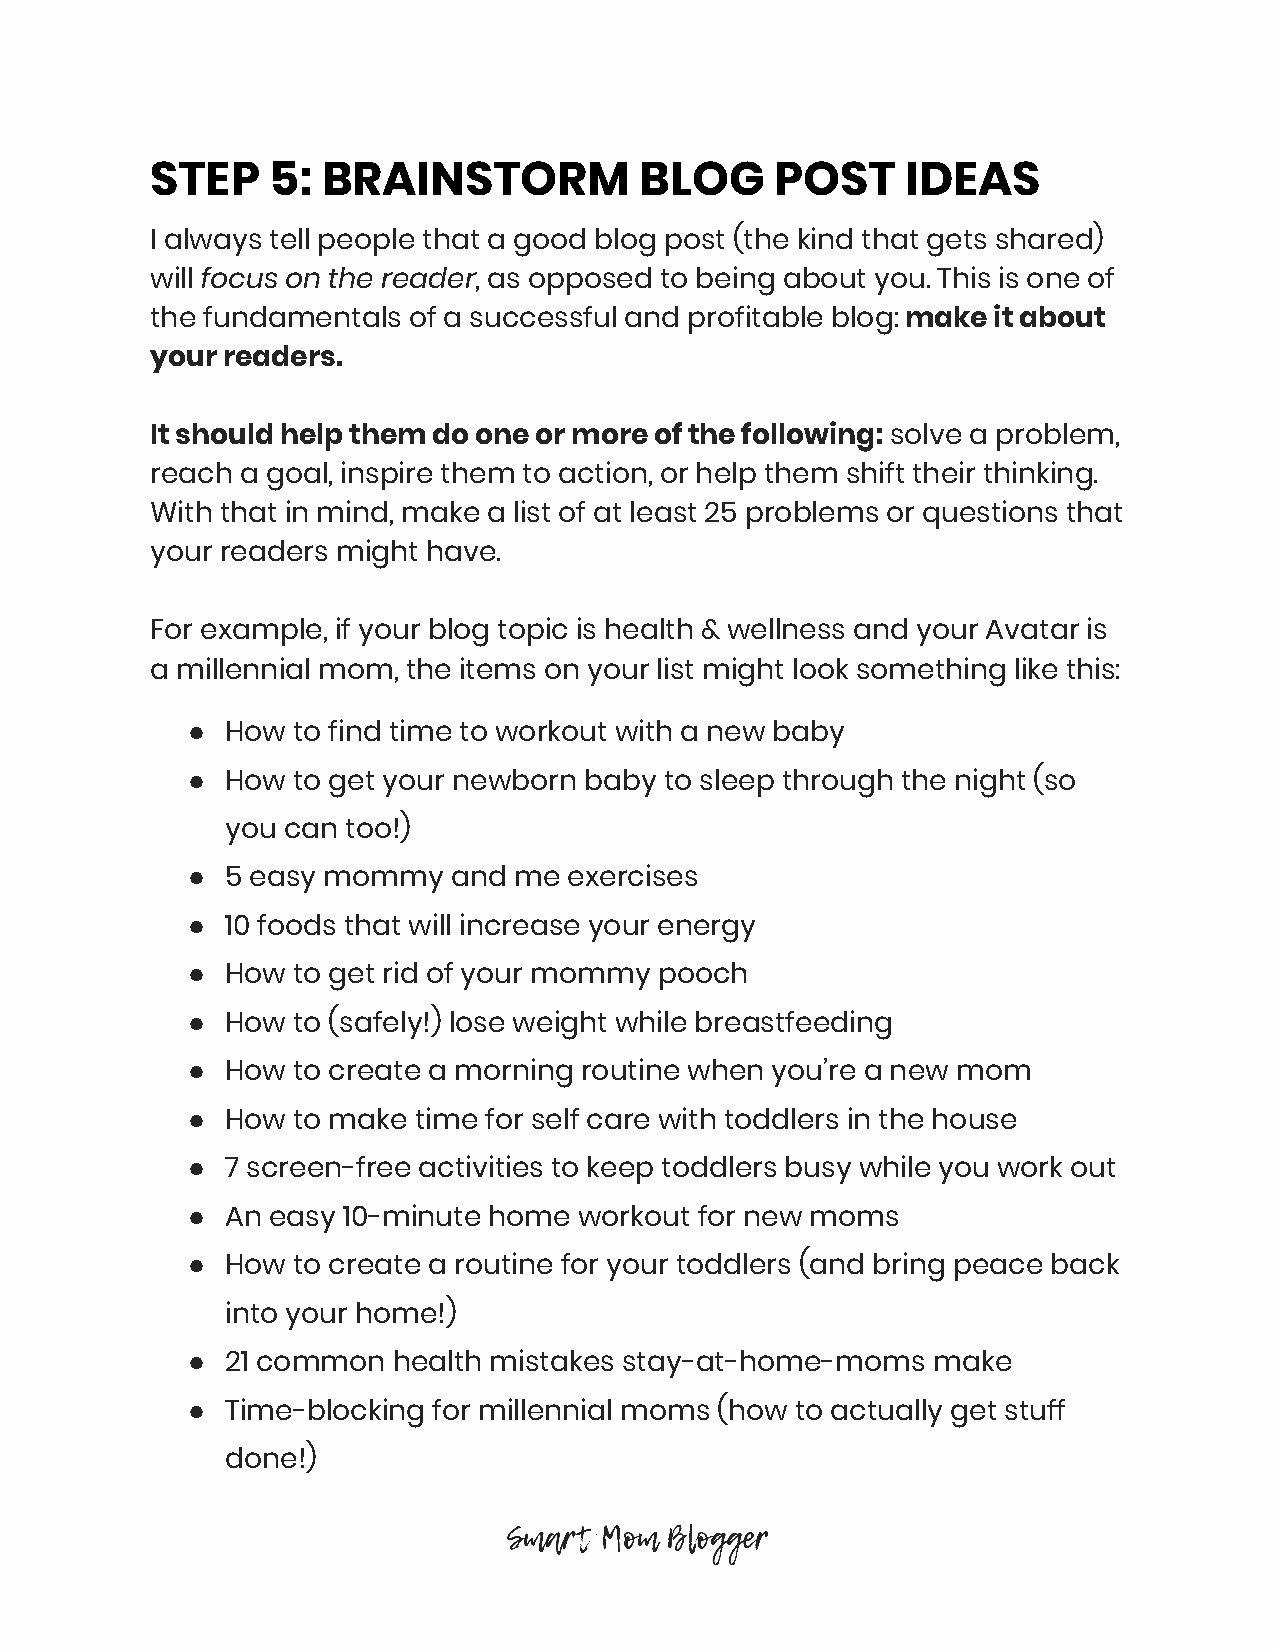
STEP    5: BRAINSTORM           BLOG     POST     IDEAS
 I always tell people that a good blog post (the kind that gets shared)
 will focus on the reader, as opposed to being about you. This is one of
 ​                 ​
 the fundamentals of a successful and profitable blog: make it about
 ​
 your readers.
 It should help them do one or more of the following: solve a problem,
 ​
 reach a goal, inspire them to action, or help them shift their thinking.
 With that in mind, make a list of at least 25 problems or questions that
 your readers might have.
 For example, if your blog topic is health & wellness and your Avatar is
 a millennial mom, the items on your list might look something like this:
 ●  How to find time to workout with a new baby
 ●  How to get your newborn baby to sleep through the night (so
 you can too!)
 ●  5 easy mommy   and me  exercises
 ●  10 foods that will increase your energy
 ●  How to get rid of your mommy pooch
 ●  How to (safely!) lose weight while breastfeeding
 ●  How to create a morning routine when you’re a new mom
 ●  How to make time for self care with toddlers in the house
 ●  7 screen-free activities to keep toddlers busy while you work out
 ●  An easy 10-minute home workout for new moms
 ●  How to create a routine for your toddlers (and bring peace back
 into your home!)
 ●  21 common  health mistakes stay-at-home-moms   make
 ●  Time-blocking for millennial moms (how to actually get stuff
 done!)